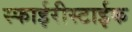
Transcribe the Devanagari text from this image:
स्फाईरीस्टाईक